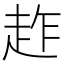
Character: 䞢